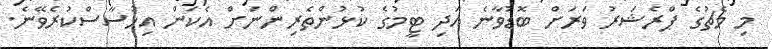
މި މެޗުގެ ޕްރެޝަރު ވަރަށް ބޮޑުވާނެ އަދި ޓީމުގެ ކުޅުންތެރިންނަށް އެކަން އިހުސާސްކުރެވޭނެ.